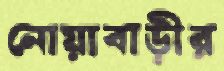
নোয়াবাড়ীর